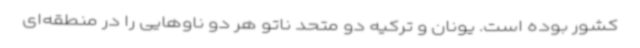
کشور بوده است. یونان و ترکیه دو متحد ناتو هر دو ناوهایی را در منطقه‌ای